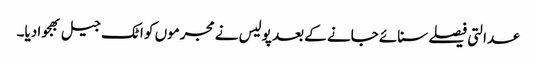
عدالتی فیصلے سنائے جانے کے بعد پولیس نے مجرموں کو اٹک جیل بھجوا دیا۔